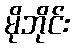
မိုဘိုင်း